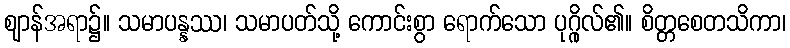
ဈာန်အရာ၌။ သမာပန္နဿ၊ သမာပတ်သို့ ကောင်းစွာ ရောက်သော ပုဂ္ဂိုလ်၏။ စိတ္တစေတသိကာ၊